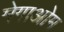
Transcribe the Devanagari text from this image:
मेगाओम